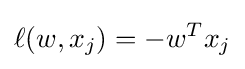
\ell (w,x_{j})=-w^{T}x_{j}